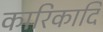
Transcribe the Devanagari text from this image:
कारिकादि